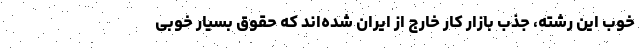
خوب این رشته، جذب بازار کار خارج از ایران شده‌اند که حقوق بسیار خوبی